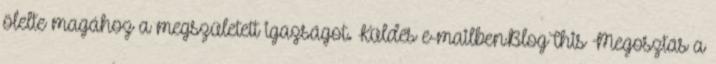
ölelte magához a megszületett igazságot. Küldés e-mailbenBlogThis Megosztás a